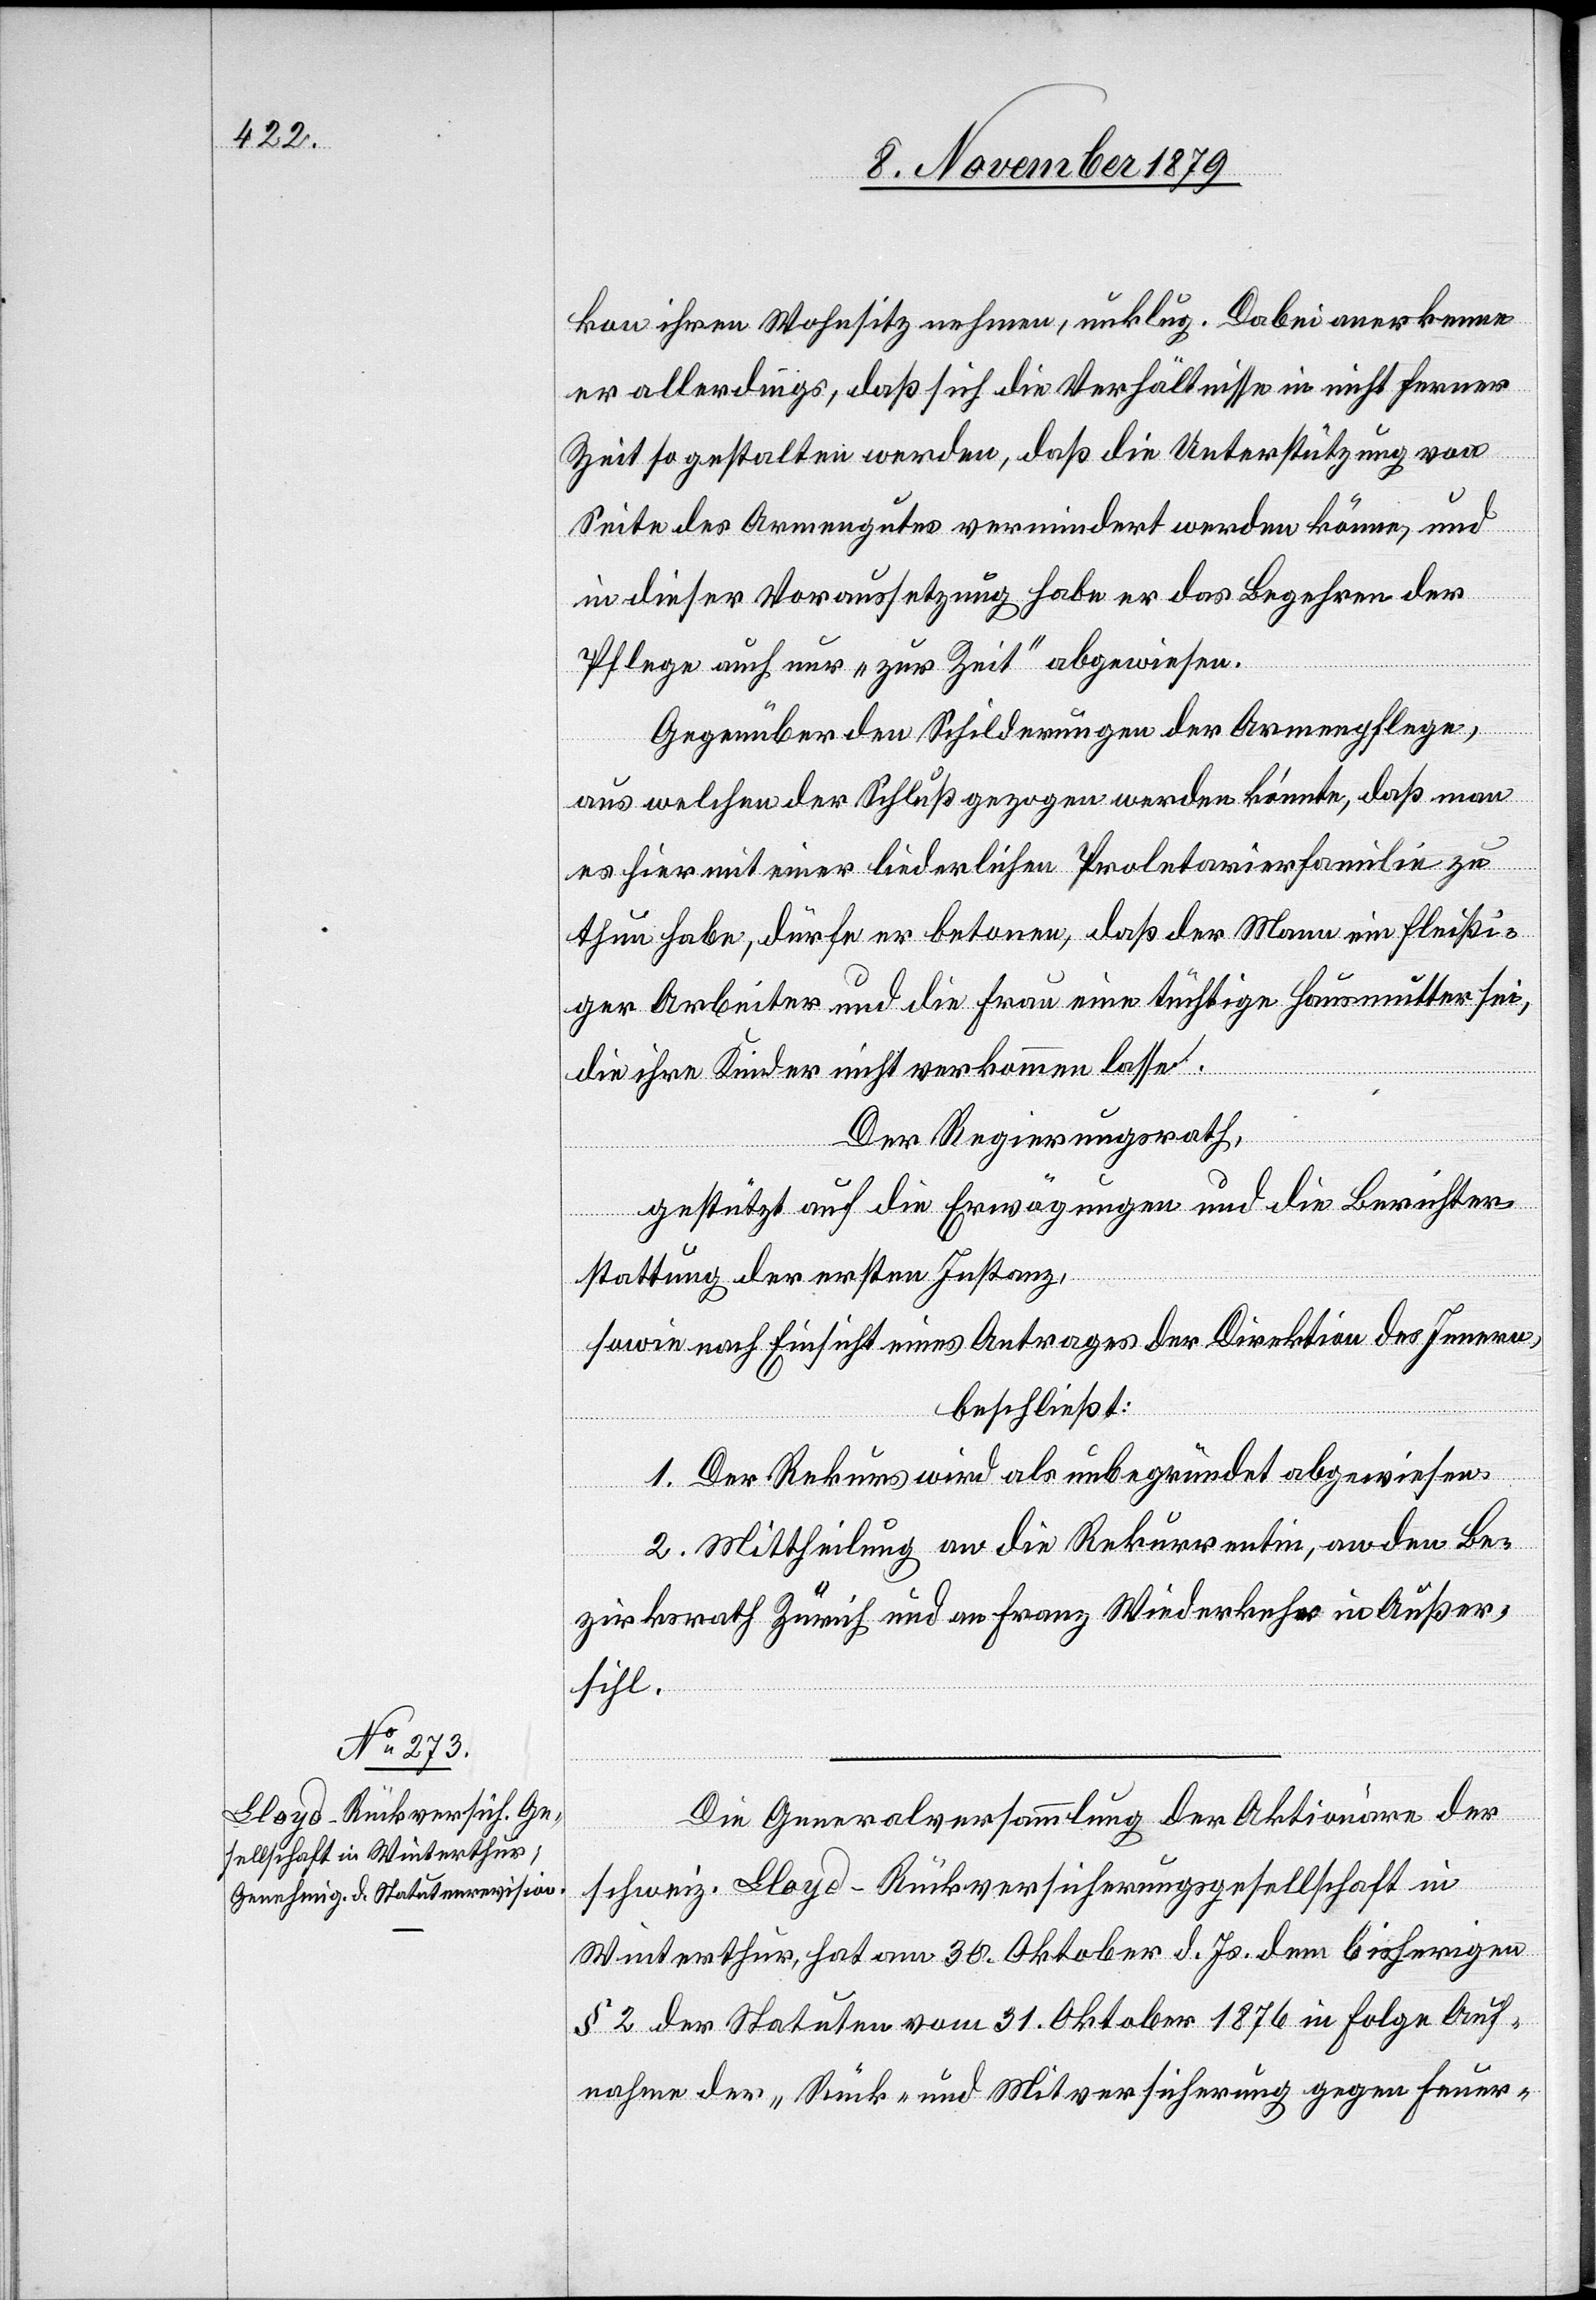
kon ihren Wohnsitz nehmen, unklug. Dabei anerkenne
er allerdings, daß sich die Verhältnisse in nicht ferner
Zeit gestalten werden, daß die Unterstützung von
Seite des Armengutes vermindert werden könne, und
in dieser Voraussetzung habe er das Begehren der
Pflege auch nur „zur Zeit“ abgewiesen.
Gegenüber den Schilderungen der Armenpflege,
aus welcher der Schluß gezogen werden könnte, daß man
es hier mit einer liederlichen Proletarierfamilie zu
thun habe, dürfe er betonen, daß der Mann ein fleißi¬
ger Arbeiter und die Frau eine tüchtige Hausmutter sei,
die ihre Kinder nicht verkommen lasse.
Der Regierungsrath,
gestützt auf die Erwägungen und die Berichter¬
stattung der ersten Instanz,
sowie nach Einsicht eines Antrages der Direktion des Innern,
beschließt:
1. Der Rekurs wird als unbegründet abgewiesen.
2. Mittheilung an die Rekurrentin, an den Be¬
zirksrath Zürich und an Franz Wiederkehr in Außer¬
sihl.
Die Generalversammlung der Aktionäre der
schweiz. Lloyd-Rückversicherungsgesellschaft in
Winterthur hat am 30. Oktober d. Js. dem bisherigen
§ 2 der Statuten vom 31. Oktober 1876 in Folge Auf¬
nahme der „Rück- und Mitversicherung gegen Feuer-